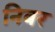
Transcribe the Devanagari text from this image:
निबर